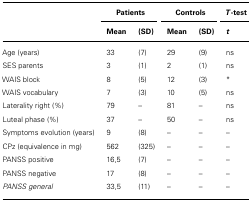
<table><thead><tr><td></td><td colspan="2"><b>Patients</b></td><td colspan="2"><b>Controls</b></td><td><b><i>T</i>-test</b></td></tr><tr><td></td><td><b>Mean</b></td><td><b>(SD)</b></td><td><b>Mean</b></td><td><b>(SD)</b></td><td><b><i>t</i></b></td></tr></thead><tbody><tr><td>Age (years)</td><td>33</td><td>(7)</td><td>29</td><td>(9)</td><td>ns</td></tr><tr><td>SES parents</td><td>3</td><td>(1)</td><td>2</td><td>(1)</td><td>ns</td></tr><tr><td>WAIS block</td><td>8</td><td>(5)</td><td>12</td><td>(3)</td><td><sup>*</sup></td></tr><tr><td>WAIS vocabulary</td><td>7</td><td>(3)</td><td>10</td><td>(5)</td><td>ns</td></tr><tr><td>Laterality right (%)</td><td>79</td><td>–</td><td>81</td><td>–</td><td>ns</td></tr><tr><td>Luteal phase (%)</td><td>37</td><td>–</td><td>50</td><td>–</td><td>ns</td></tr><tr><td>Symptoms evolution (years)</td><td>9</td><td>(8)</td><td>–</td><td>–</td><td>–</td></tr><tr><td>CPz (equivalence in mg)</td><td>562</td><td>(325)</td><td>–</td><td>–</td><td>–</td></tr><tr><td>PANSS positive</td><td>16,5</td><td>(7)</td><td>–</td><td>–</td><td>–</td></tr><tr><td>PANSS negative</td><td>17</td><td>(8)</td><td>–</td><td>–</td><td>–</td></tr><tr><td><i>PANSS general </i></td><td>33,5</td><td>(11)</td><td>–</td><td>–</td><td>–</td></tr></tbody></table>